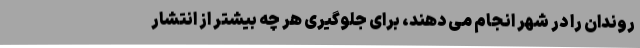
روندان را در شهر انجام می دهند، برای جلوگیری هر چه بیشتر از انتشار